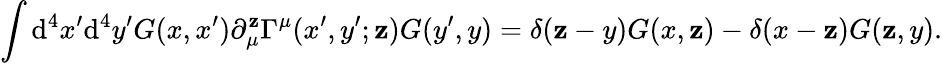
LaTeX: \int\mathrm{d}^{4}x^{\prime}\mathrm{d}^{4}y^{\prime}G(x,x^{\prime})\partial_{\mu}^{\mathbf{z}}\Gamma^{\mu}(x^{\prime},y^{\prime};\mathbf{z})G(y^{\prime},y)=\delta(\mathbf{z}-y)G(x,\mathbf{z})-\delta(x-\mathbf{z})G(\mathbf{z},y).